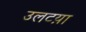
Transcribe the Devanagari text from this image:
उलटय़ा